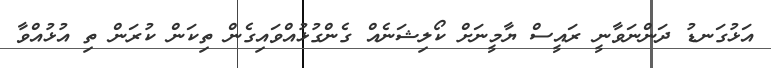
އަޅުގަނޑު ދަންނަވާނީ ރައީސް ޔާމީނަށް ކޯލިޝަނެއް ގެންގުޅުއްވައިގެން ތިކަން ކުރަން ތި އުޅުއްވާ